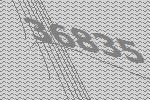
36835